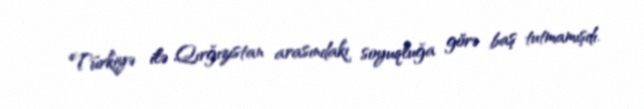
Türkiyə ilə Qırğızıstan arasındakı soyuqluğa görə baş tutmamışdı.